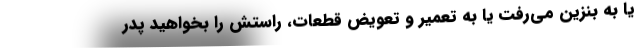
يا به بنزين مي‌رفت يا به تعمير و تعويض قطعات، راستش را بخواهيد پدر